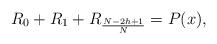
LaTeX: \begin{align*}R_{0}+R_{1}+R_{\frac{N-2h+1}{N}}=P(x),\end{align*}